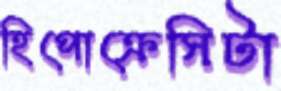
হিপোক্রেসিটা